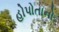
હોપોતાનો